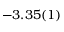
- 3 . 3 5 ( 1 )